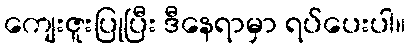
ကျေးဇူးပြုပြီး ဒီနေရာမှာ ရပ်ပေးပါ။